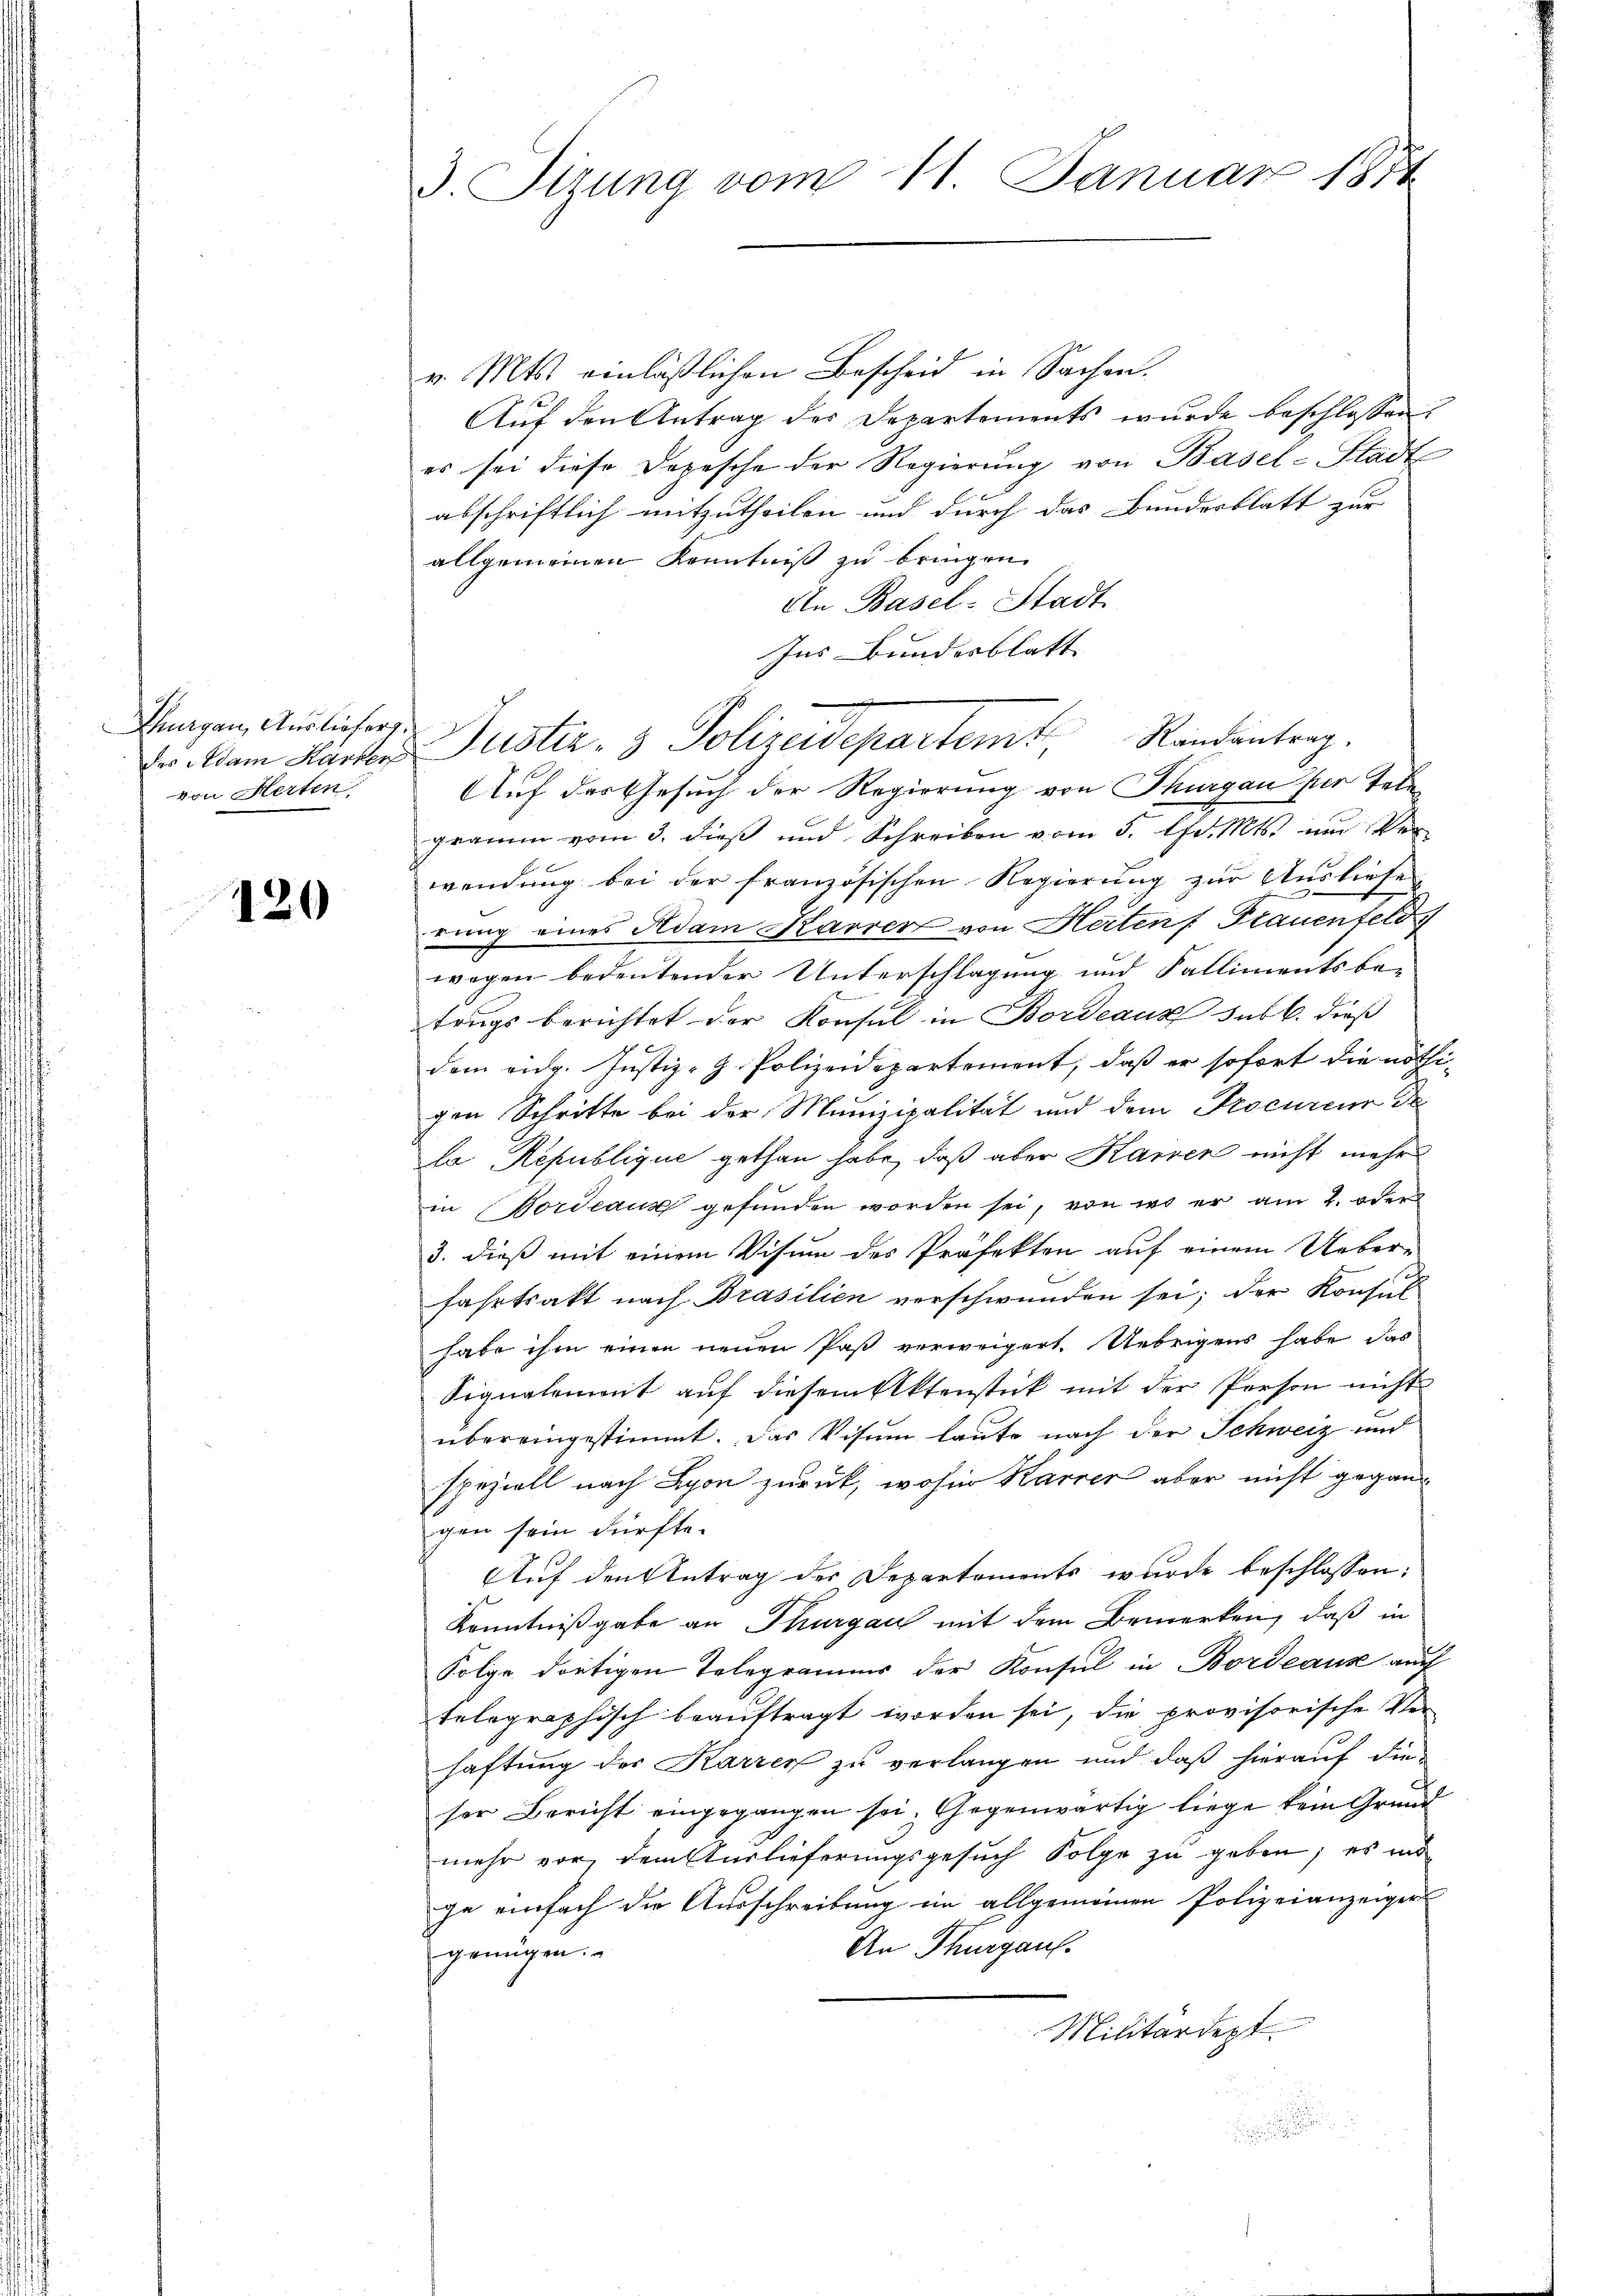
Burgau, Ausliefer,
von Herten,

120

3. Sizung vom 11. Januar 1874

v. Mts. einläßlichen Bescheid in Sachen.
Aŭf den Antrag der Departements wŭrde beschlossen:
es sei diese Depesche der Regierung von Basel-Stadt
abschriftlich mitzutheilen und durch das Bundesblatt zur
allgemeinen Kenntniß zu bringen.
An Basel-Stadt
Ins Bundesblatt |
Auf das Gesuch der Regierung von Thurgau für Tele
gramm vom 3. dieß und Schreiben vom 5. d. Mts. und Ver
wendung bei der französischen Regierung zur Ausliefe
rung eines Adam Karrer von Heitens Frauenfeld
wegen bedeutender Unterschlagung und Fallimentsbe-
trugs berichtet der Konsul in Bordeaus sub 6. dieß
dem eidg. Justiz-G. Polizeidepartement, daß er sofort die nöthigen Schritte bei der Munizipalität und dem Procureur de
la Republique gethan habe, daß aber Karrer nicht mehr
in ordeaus gefunden worden sei, von wo er am 2. oder
3. dieß mit einem Visum des Präfekten auf einem Ueber-
fahrtsakt nach Brasilien verschwunden sei; der Konsul
habe ihm einen neuen Paß verweigert. Uebrigens habe das
Signalement auf diesem Aktenstück mit der Person nicht
übereingestimmt. Das Visum laute nach der Schweiz und
speziell nach Lyon zurück, wohin Karrer aber nicht gegangen sein dürfte.
Auf den Antrag der Departements wurde beschlossen:
Kenntnißgabe an Thurgau mit dem Bemerken, daß in
Folge dortigen Telegramms der Konsul in Bordeaus auch
telegraphisch beauftragt worden sei, die provisorische Ver-
haftung der Karzen zu verlangen und daß hierauf die
ser Bericht eingegangen sei, Gegenwärtig liege kein Grund
mehr vor, dem Auslieferungsgesuch Folge zu geben; es m
ge einfach die Ausschreibung ein allgemeinen Polizeianzeiger
An Thurgau.
genügen.
Militärdept

r. kam Karter Justiz- & Polizeidepartemt, Randantrag